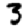
Digit: 3